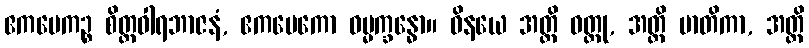
ဧကမေကဉ္စ စိတ္တဝါရဘာဇနံ, ဧကမေကော ဓမ္မက္ခန္ဓော။ ဝိနယေ အတ္ထိ ဝတ္ထု, အတ္ထိ မာတိကာ, အတ္ထိ